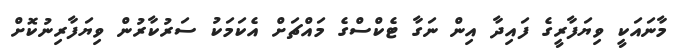
މާނައަކީ ވިޔަފާރީގެ ފައިދާ އިން ނަގާ ޓެކްސްގެ މައްޗަށް އެކަމަކު ސަރުކާރުން ވިޔަފާރިނުކޮށް